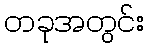
တခုအတွင်း